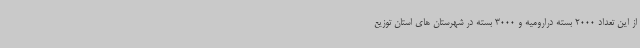
از این تعداد 2000 بسته درارومیه و 3000 بسته در شهرستان های استان توزیع